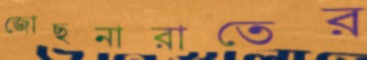
জোছনারাতের